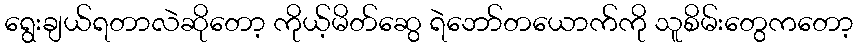
ရွေးချယ်ရတာလဲဆိုတော့ ကိုယ့်မိတ်ဆွေ ရဲဘော်တယောက်ကို သူစိမ်းတွေကတော့